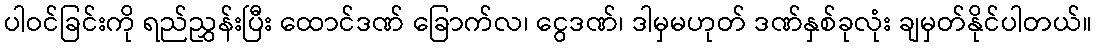
ပါဝင်ခြင်းကို ရည်ညွှန်းပြီး ထောင်ဒဏ် ခြောက်လ၊ ငွေဒဏ်၊ ဒါမှမဟုတ် ဒဏ်နှစ်ခုလုံး ချမှတ်နိုင်ပါတယ်။